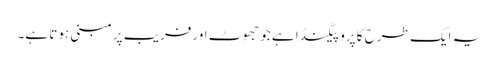
یہ ایک طرح کا پروپیگنڈا ہے جو جھوٹ اورفریب پر مبنی ہوتا ہے۔